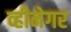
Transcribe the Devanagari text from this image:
व्हीनेगर